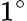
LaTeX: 1^{\circ}